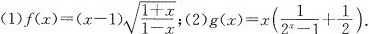
（1）$$ f( x ) = ( x - 1 ) \sqrt { \frac { 1 + x }{ 1 -